Civil Veterinary Department. Madras. Admin. report 1926-33 - 1926-1933
Year: 1926
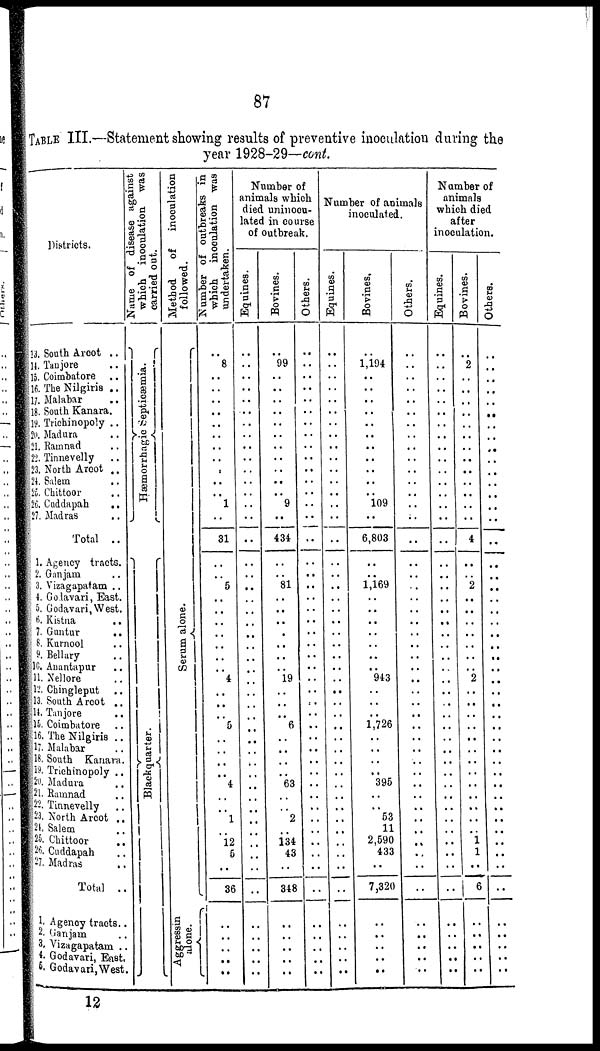
87
TABLE III.—Statement showing results of preventive inoculation during the
year 1928-29—cont.
Districts.
13. South Arcot ..
14. Tanjore ..
15. Coimbatore ..
16. The Nilgiris ..
17. Malabar
18. South Kanara.
19 Trichinopoly ..
20. Madura ..
21. Ramnad ..
22. Tinnevelly ..
23. North Arcot ..
24. Salem ..
25. Chittoor ..
26. Cuddapah
..
27. Madras
Total ..
1. Agency tracts.
2. Ganjam ..
3. Vizagapatam ..
4. Godavari, East.
5. Godavari,West.
6. Kistua
..
7. Guntur
..
8. Kurnool ..
9. Bellary ..
10. Anantapur
..
11. Nellore ..
12. Chingleput ..
13. South Arcot ..
14. Tanjore
..
16. Coimbatore ..
16. The Nilgiris ..
17. Malabar
18. South Kanara.
19. Trichinopoly ..
20. Madura
21. Ramnad ..
22. Tinnevelly
..
23. North Arcot ..
24. Salem ..
25. Chittoor ..
26. Cuddapah ..
27. Madras
Total .
1. Agency tracts.
2. Ganjam ..
3. Vizagapatam ..
4. Godavari, East.
5. Godavari,West.
Name of disease against
which inoculation was
carried out.
Hæmorrhagic Septicæmia.
Blackquarter.
Method
of inoculation
followed.
Se r
um alone.
Aggressin
alone.
Number of outbreaks in
which inoculation was
undertaken.
..
8
..
..
..
..
..
..
..
..
..
..
..
1
..
31
..
..
5
..
..
..
..
..
..
..
4
..
..
..
5
..
..
..
..
4
..
..
1
..
12
5
..
36
..
..
..
..
..
Number of
animals which
died uninocu-
lated in course
of outbreak.
Equines.
..
..
..
..
..
..
..
..
..
..
..
..
..
..
..
..
..
..
..
..
..
..
..
..
..
..
..
..
..
..
..
..
..
..
..
..
..
..
..
..
..
..
..
..
..
..
..
..
..
Bovines.
..
99
..
..
..
..
..
..
..
..
..
..
..
9
..
434
..
..
81
..
..
..
..
..
..
..
19
..
..
..
6
..
..
..
..
63
..
..
2
..
134
43
..
348
..
..
..
..
..
Others.
..
..
..
..
..
..
..
..
..
..
..
..
..
..
..
..
..
..
..
..
..
..
..
..
..
..
..
..
..
..
..
..
..
..
..
..
..
..
..
..
..
..
..
..
..
..
..
Number of animals
inoculated.
Equines.
..
..
..
..
..
..
..
..
..
..
..
..
..
..
..
..
..
..
..
..
..
..
..
..
..
..
..
..
..
..
..
..
..
..
..
..
..
..
..
..
..
..
..
..
..
..
..
..
..
Bovines.
..
1,194
..
..
..
..
..
..
..
..
..
..
..
109
..
6,803
..
.. 1,169
..
..
..
..
..
..
..
943
..
..
..
1,726
..
..
..
..
395
..
..
53
11
2,590
433
..
7,320
..
..
..
..
..
Others.
..
..
..
..
..
..
..
..
..
..
..
..
..
..
..
..
..
..
..
..
..
..
..
..
..
..
..
..
..
..
..
..
..
..
..
..
..
..
..
..
..
..
..
..
..
..
..
..
..
Number of
animals
which died
after
inoculation.
Equines.
..
..
..
..
..
..
..
..
..
..
..
..
..
..
..
..
..
..
..
..
..
..
..
..
..
..
..
..
..
..
..
..
..
..
..
..
..
..
..
..
..
..
..
..
..
..
..
..
..
Bovines.
..
2
..
..
..
..
..
..
..
..
..
..
..
..
..
4
..
..
2
..
..
..
..
..
..
..
2
..
..
..
..
..
..
..
..
..
..
..
..
..
1
1
..
6
..
..
..
..
..
Others.
..
..
..
..
..
..
..
..
..
..
..
..
..
..
..
..
..
..
..
..
..
..
..
..
..
..
..
..
..
..
..
..
..
..
..
..
..
..
..
..
..
..
..
..
..
..
..
..
..
12